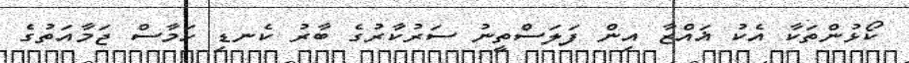
ކޯޅުންތަކާ އެކު ޣައްޒާ އިން ފަލަސްތީނު ސަރުކާރުގެ ބާރު ކެނޑި ހަމާސް ޖަމާއަތުގެ